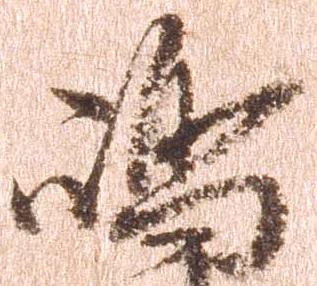
島